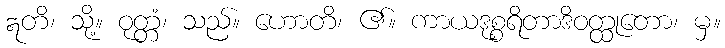
ဣတိ၊ သို့။ ဝုတ္တံ၊ သည်။ ဟောတိ၊ ၏။ ကာယဒုစ္စရိတာဒိဝတ္ထုတော၊ မှ။